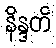
နိန္ဒတိ